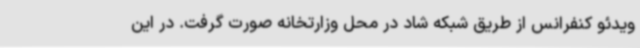
ویدئو کنفرانس از طریق شبکه شاد در محل وزارتخانه صورت گرفت. در این